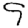
Digit: 9